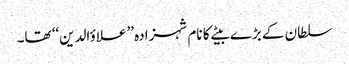
سلطان کے بڑے بیٹے کا نام شہزادہ ’’علاؤالدین‘‘ تھا۔